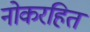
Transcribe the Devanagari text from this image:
नोकरहित